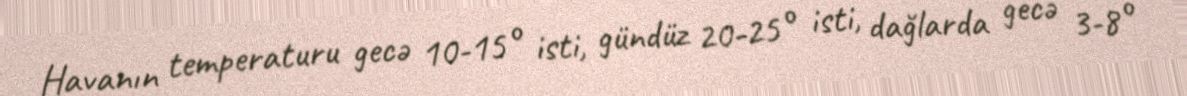
Havanın temperaturu gecə 10-15° isti, gündüz 20-25° isti, dağlarda gecə 3-8°